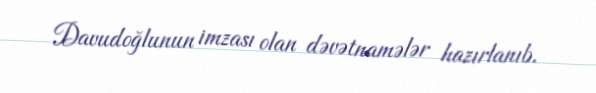
Davudoğlunun imzası olan dəvətnamələr hazırlanıb.